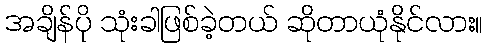
အချိန်ပို သုံးခါဖြစ်ခဲ့တယ် ဆိုတာယုံနိုင်လား။